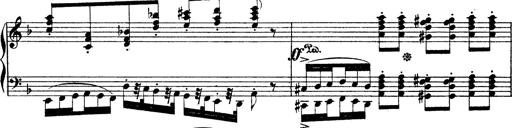
Title: Illustrations de l'opÃ©ra L'Africaine
Composer: Franz Liszt